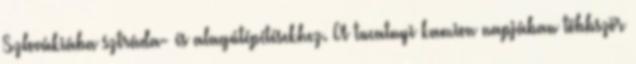
Szlovákiába sztráda- és alagútépítésekhez. A tucatnyi kamion napjában többször